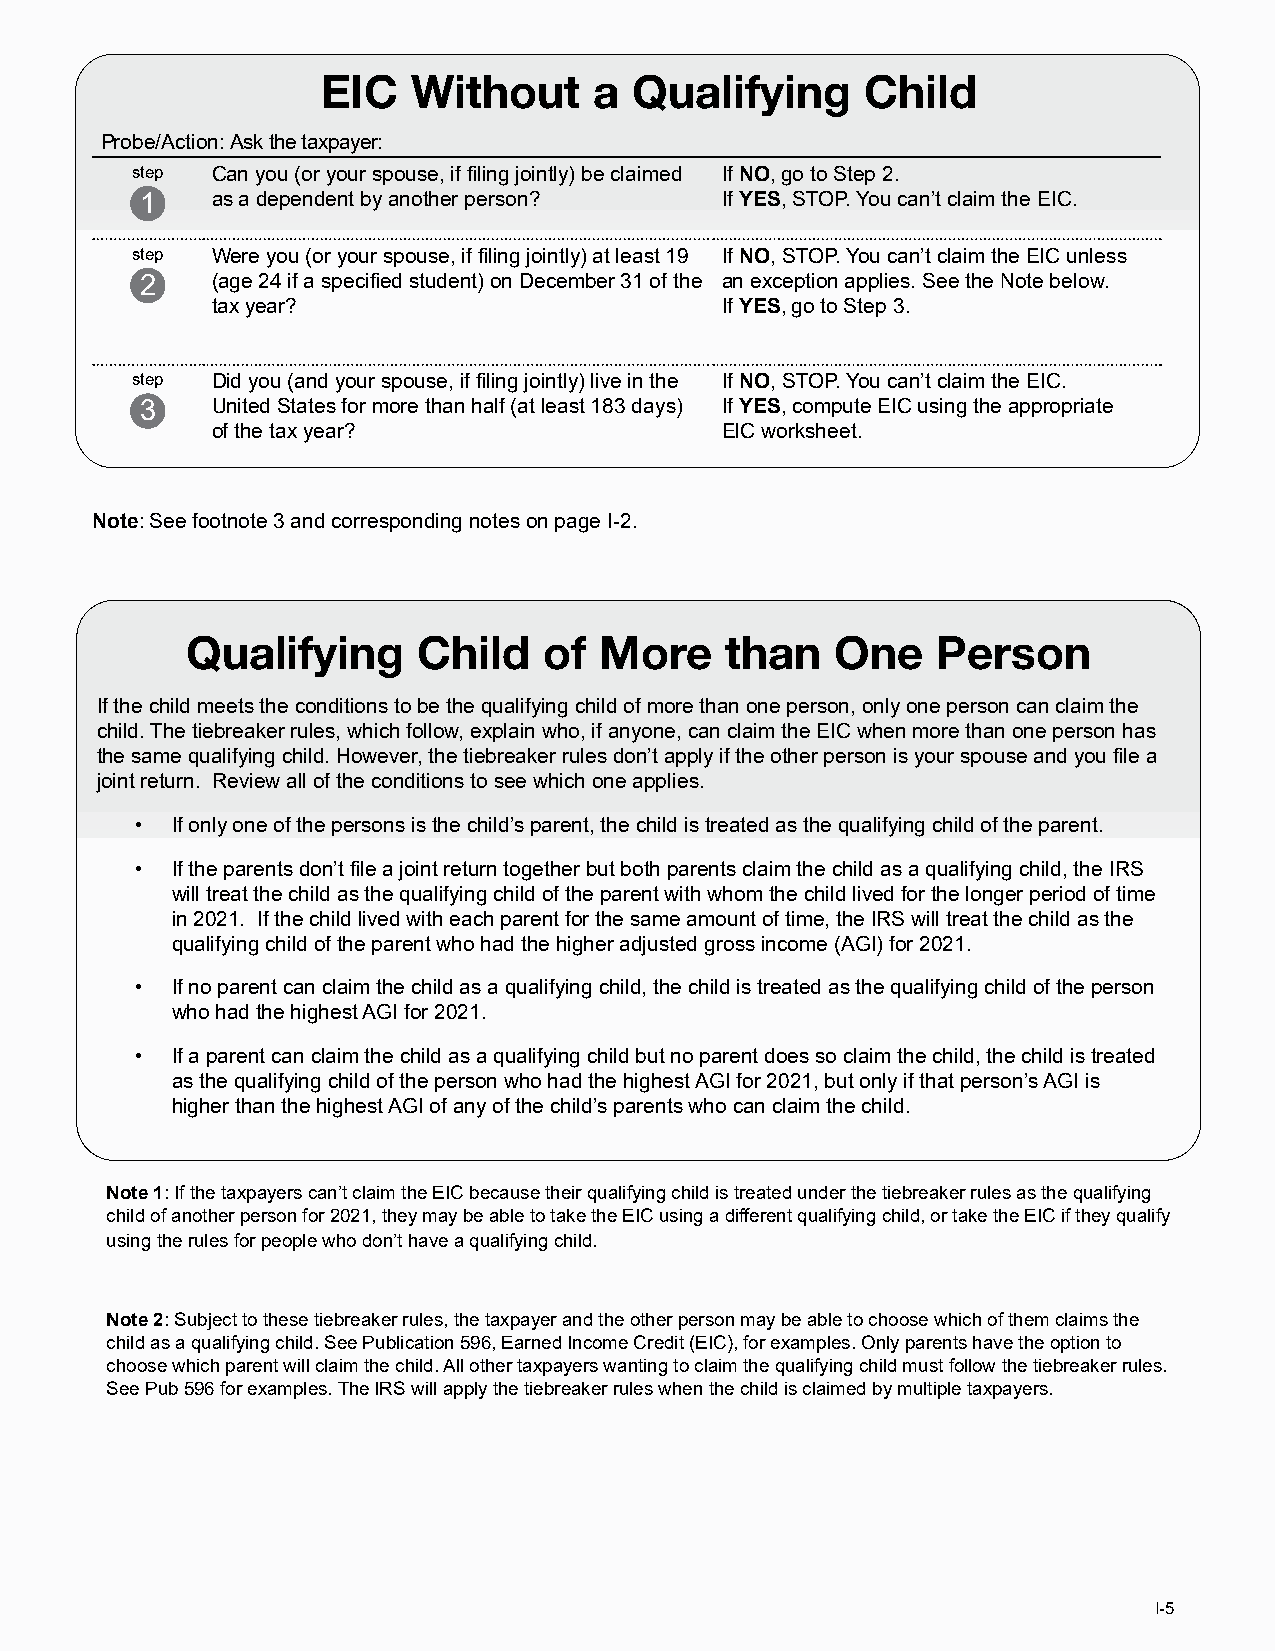
EIC   Without     a  Qualifying     Child
 Probe/Action: Ask the taxpayer:
 step Can you (or your spouse, if filing jointly) be claimed If NO, go to Step 2.
 1    as a dependent by another person? If YES, STOP. You can’t claim the EIC.
 step Were you (or your spouse, if filing jointly) at least 19 If NO, STOP. You can’t claim the EIC unless
 2    (age 24 if a specified student) on December 31 of the an exception applies. See the Note below.
 tax year?                         If YES, go to Step 3.
 step Did you (and your spouse, if filing jointly) live in the If NO, STOP. You can’t claim the EIC.
 3    United States for more than half (at least 183 days) If YES, compute EIC using the appropriate
 of the tax year?                  EIC worksheet.
 Note: See footnote 3 and corresponding notes on page I-2.
 Qualifying      Child   of  More    than   One    Person
 If the child meets the conditions to be the qualifying child of more than one person, only one person can claim the
 child. The tiebreaker rules, which follow, explain who, if anyone, can claim the EIC when more than one person has
 the same qualifying child. However, the tiebreaker rules don’t apply if the other person is your spouse and you file a
 joint return. Review all of the conditions to see which one applies.
 • If only one of the persons is the child’s parent, the child is treated as the qualifying child of the parent.
 • If the parents don’t file a joint return together but both parents claim the child as a qualifying child, the IRS
 will treat the child as the qualifying child of the parent with whom the child lived for the longer period of time
 in 2021. If the child lived with each parent for the same amount of time, the IRS will treat the child as the
 qualifying child of the parent who had the higher adjusted gross income (AGI) for 2021.
 • If no parent can claim the child as a qualifying child, the child is treated as the qualifying child of the person
 who had the highest AGI for 2021.
 • If a parent can claim the child as a qualifying child but no parent does so claim the child, the child is treated
 as the qualifying child of the person who had the highest AGI for 2021, but only if that person’s AGI is
 higher than the highest AGI of any of the child’s parents who can claim the child.
 Note 1: If the taxpayers can’t claim the EIC because their qualifying child is treated under the tiebreaker rules as the qualifying
 child of another person for 2021, they may be able to take the EIC using a different qualifying child, or take the EIC if they qualify
 using the rules for people who don’t have a qualifying child.
 Note 2: Subject to these tiebreaker rules, the taxpayer and the other person may be able to choose which of them claims the
 child as a qualifying child. See Publication 596, Earned Income Credit (EIC), for examples. Only parents have the option to
 choose which parent will claim the child. All other taxpayers wanting to claim the qualifying child must follow the tiebreaker rules.
 See Pub 596 for examples. The IRS will apply the tiebreaker rules when the child is claimed by multiple taxpayers.
 I-5